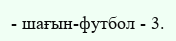
- шағын-футбол - 3.